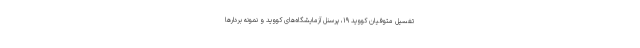
تغسیل متوفیان کووید ۱۹، پرسنل آزمایشگاه‌های کووید و نمونه بردار‌ها